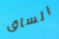
الساق